Lunatic asylums Madras 1877-1891 - 1877-1891
Year: 1877
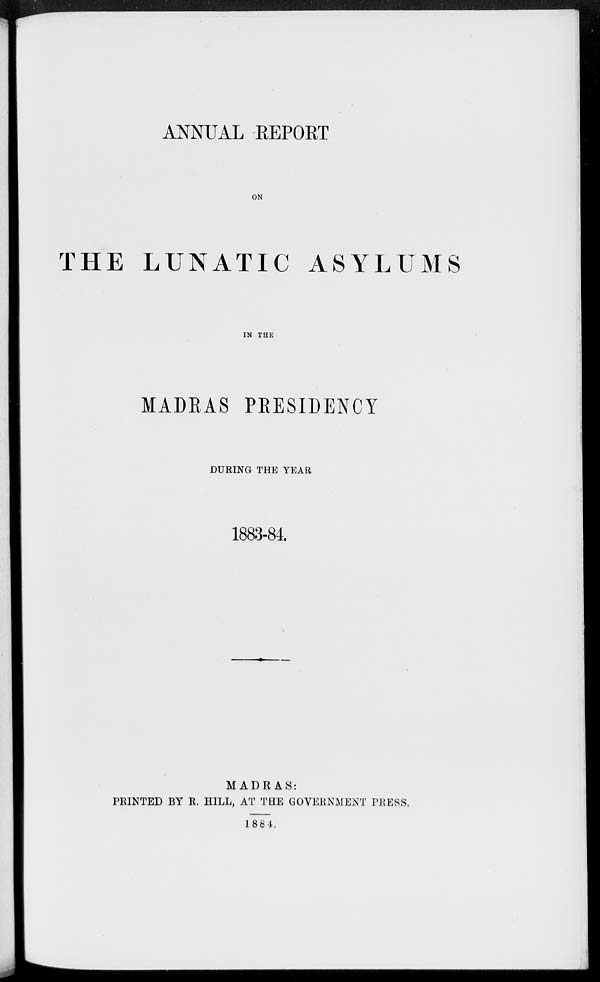
ANNUAL REPORT
ON
THE LUNATIC ASYLUMS
IN THE
MADRAS PRESIDENCY
DURING THE YEAR
1883-84.
MADRAS:
PRINTED BY R. HILL, AT THE GOVERNMENT PRESS.
1884.